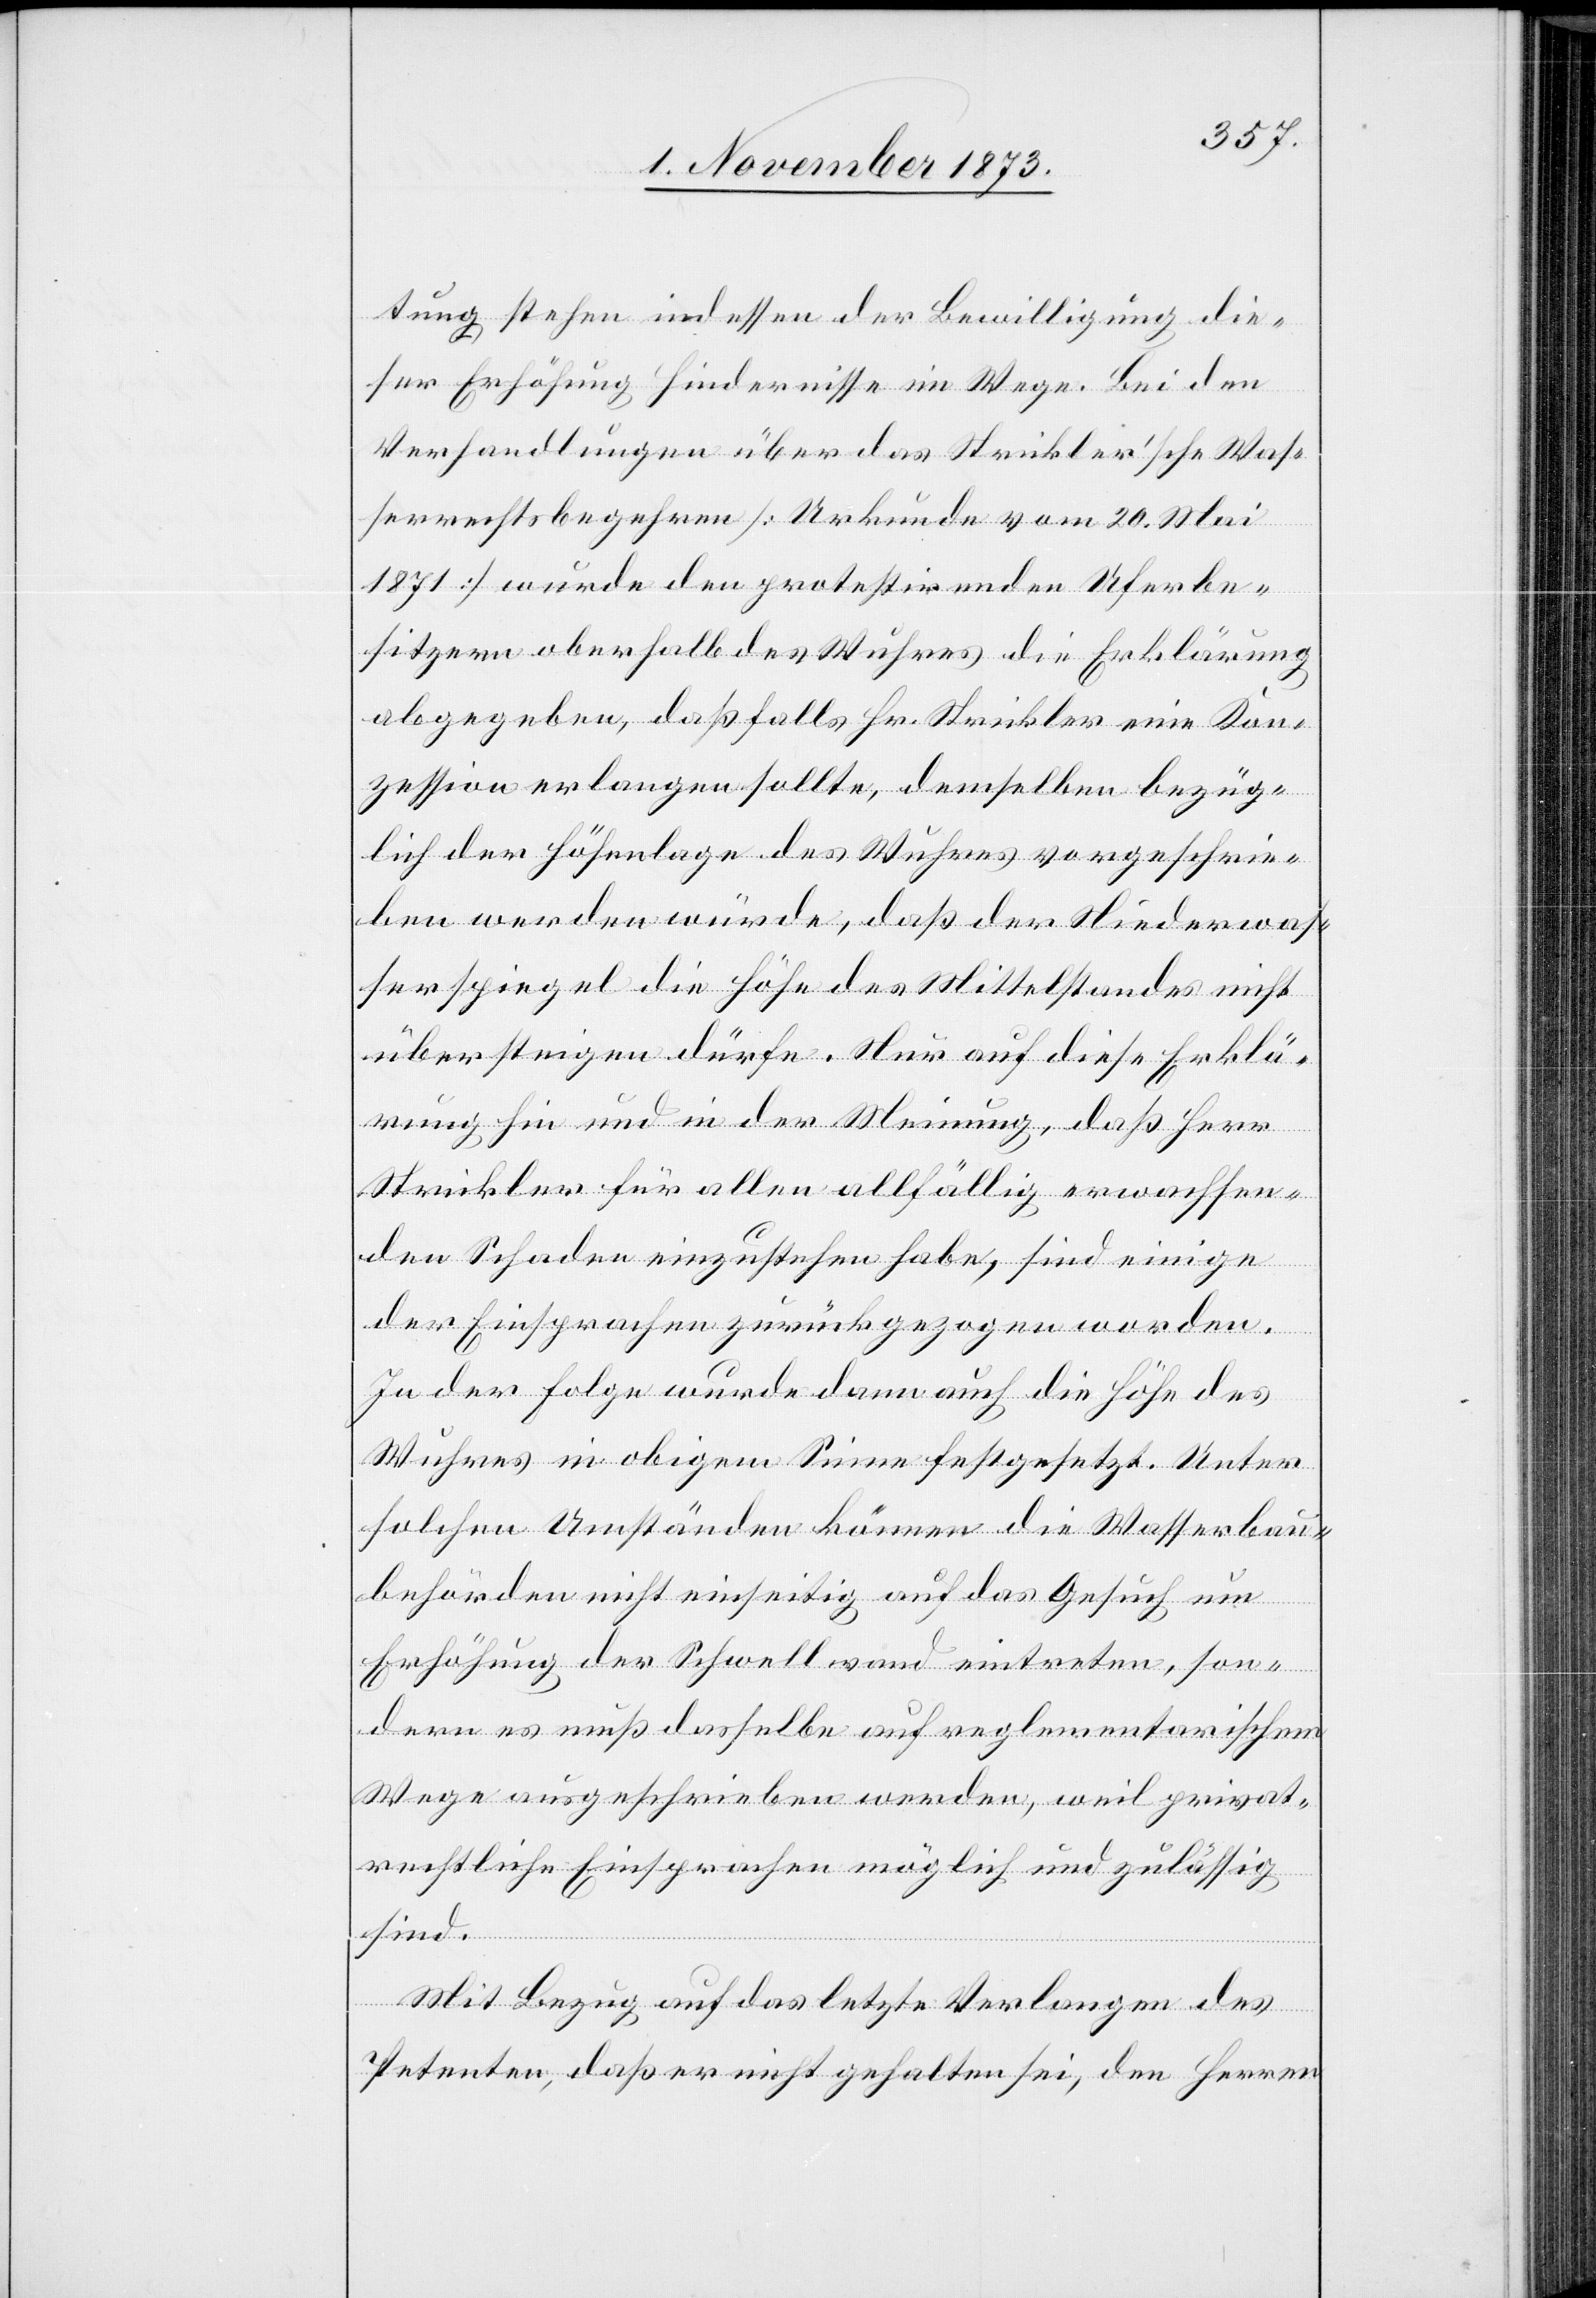
tung stehen indessen der Bewilligung die¬
ser Erhöhung Hindernisse im Wege. Bei den
Verhandlungen über das Strickler’sche Was¬
serrechtsbegehren [Urkunde vom 20. Mai
1871] wurde den protestirenden Uferbe¬
sitzern oberhalb des Wuhres die Erklärung
abgegeben, daß falls Hr. Strickler eine Kon¬
zession erlangen sollte, demselben bezüg¬
lich der Höhenlage des Wuhres vorgeschrie¬
ben werden würde, daß der Niederwas¬
serspiegel die Höhe des Mittelstandes nicht
übersteigen dürfe. Nur auf diese Erklä¬
rung hin und in der Meinung, daß Herr
Strickler für allen allfällig erwachsen¬
den Schaden einzustehen habe, sind einige
der Einsprachen zurückgezogen worden.
In der Folge wurde dann auch die Höhe des
Wuhres in obigem Sinne festgesetzt. Unter
solchen Umständen können die Wasserbau¬
behörden nicht einseitig auf das Gesuch um
Erhöhung der Schwellwand eintreten, son¬
dern es muß dasselbe auf reglementarischem
Wege ausgeschrieben werden, weil privat¬
rechtliche Einsprachen möglich und zulässig
sind.
Mit Bezug auf das letzte Verlangen des
Petenten, daß er nicht gehalten sei, den Herren